65_HS1-834228961_62-HQ-83894_Section_7
Agency: FBI
Page 43
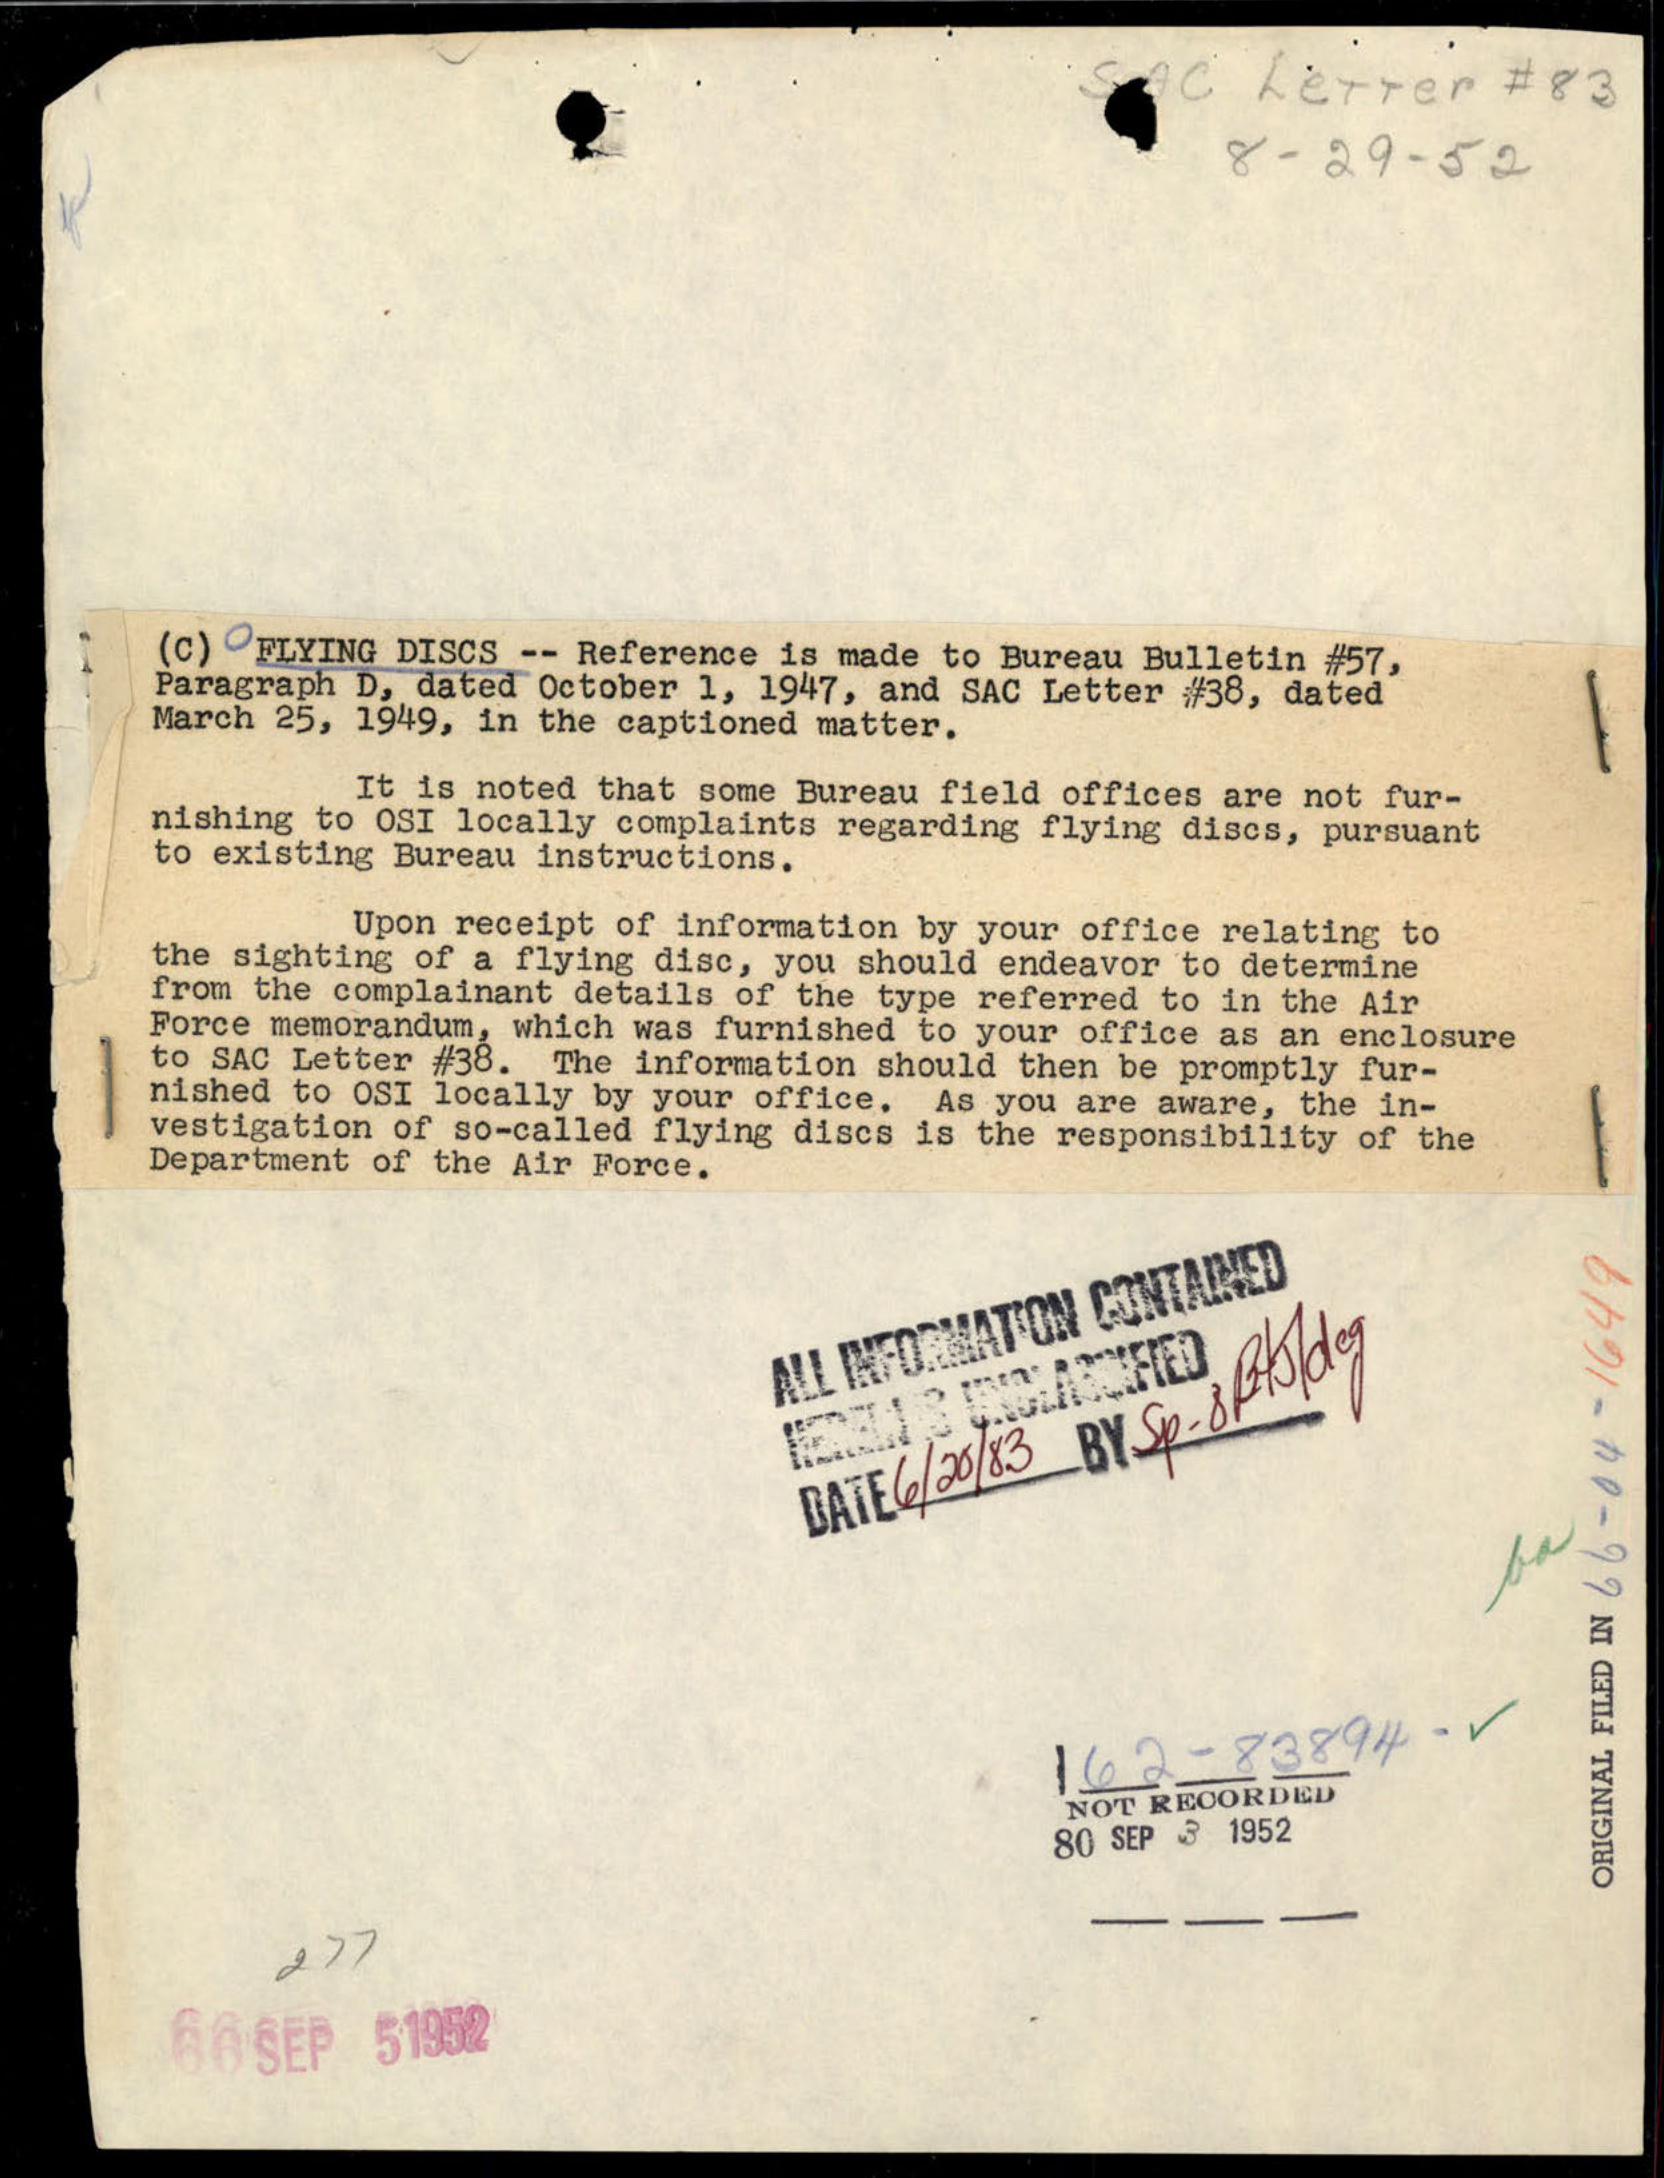